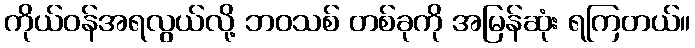
ကိုယ်ဝန်အရလွယ်လို့ ဘဝသစ် တစ်ခုကို အမြန်ဆုံး ရကြတယ်။